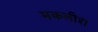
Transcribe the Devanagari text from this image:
मकलीश